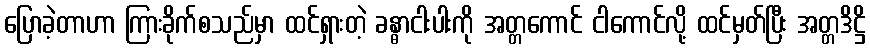
ပြောခဲ့တာဟာ ကြားခိုက်စသည်မှာ ထင်ရှားတဲ့ ခန္ဓာငါးပါးကို အတ္တကောင် ငါကောင်လို့ ထင်မှတ်ပြီး အတ္တဒိဋ္ဌိ